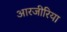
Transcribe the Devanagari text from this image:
आरजीरिया